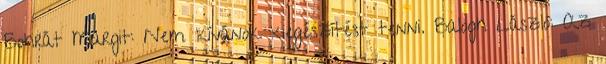
Bohrát Margit: Nem kívánok kiegészítést tenni. Balogh László: Az